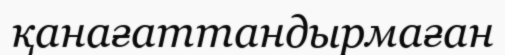
қанағаттандырмаған